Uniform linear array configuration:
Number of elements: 64
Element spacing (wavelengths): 0.5
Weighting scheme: hamming
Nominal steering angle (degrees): -15
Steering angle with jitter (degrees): -13.87
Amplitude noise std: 0.05
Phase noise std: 0.05

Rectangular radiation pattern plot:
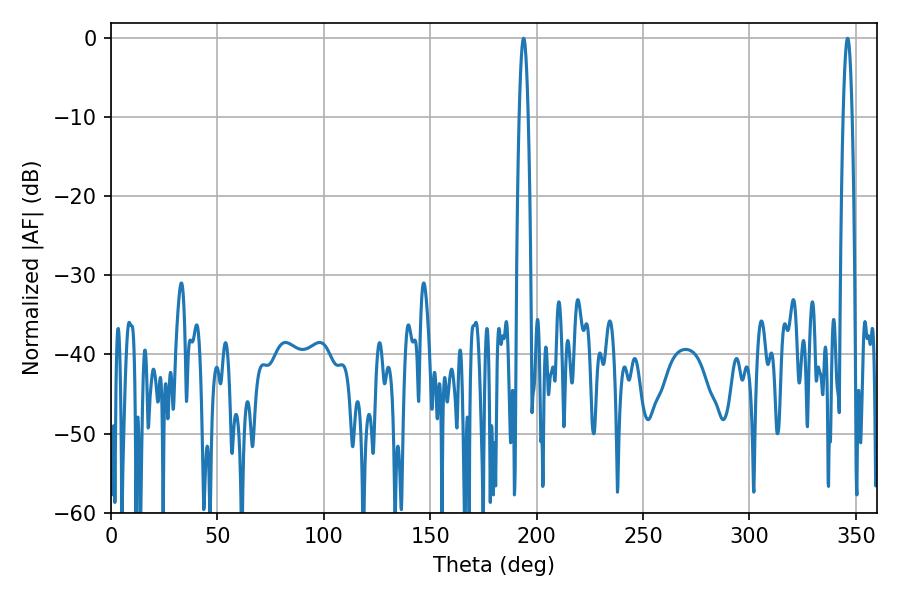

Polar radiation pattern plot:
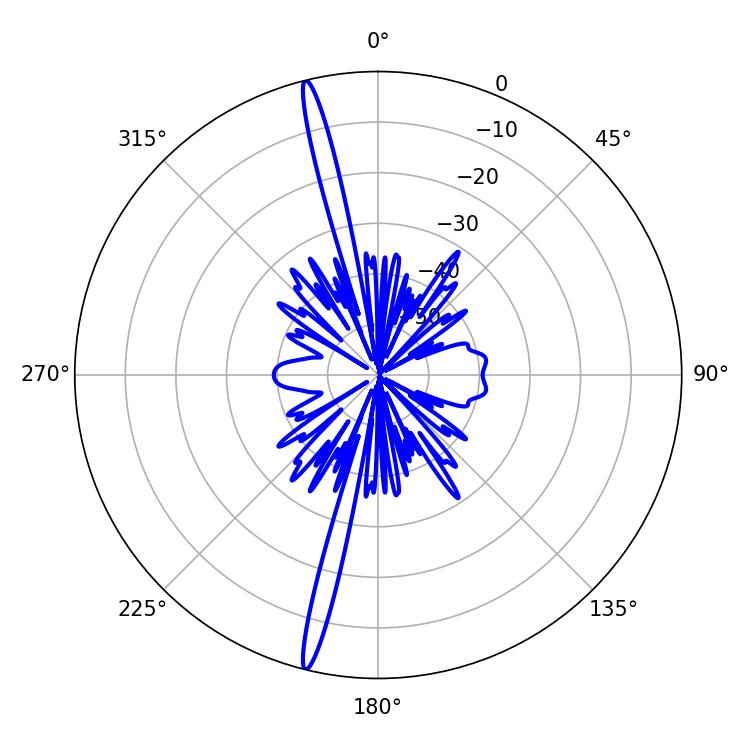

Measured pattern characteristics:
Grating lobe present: FALSE
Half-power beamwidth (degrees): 2.16
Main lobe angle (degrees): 193.86